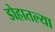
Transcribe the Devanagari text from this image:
डोहातल्या